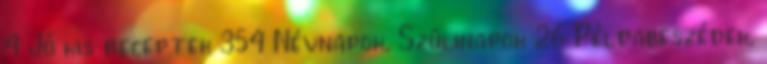
4 Jó kis receptek 354 Névnapok, Szülinapok 26 Példabeszédek,